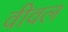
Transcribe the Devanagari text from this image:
वीवल